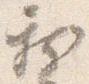
新